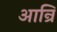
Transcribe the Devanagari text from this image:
आन्रि